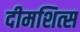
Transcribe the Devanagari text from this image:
दीमशित्स